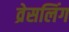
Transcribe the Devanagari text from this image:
व्रेसलिंग